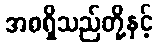
အစရှိသည်တို့နှင့်